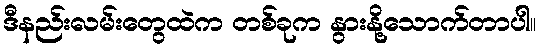
ဒီနည်းလမ်းတွေထဲက တစ်ခုက နွားနို့သောက်တာပါ။